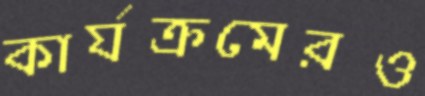
কার্যক্রমেরও